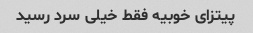
پیتزای خوبیه فقط خیلی سرد رسید